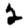
Digit: 2